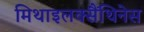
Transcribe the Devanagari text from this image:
मिथाइलक्सैंथिनेस